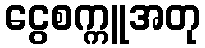
ငွေစက္ကူအတု